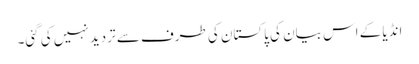
انڈیا کے اس بیان کی پاکستان کی طرف سے تردید نہیں کی گئی۔